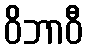
ဝိဘာဝီ